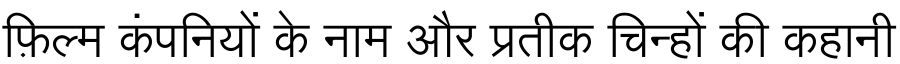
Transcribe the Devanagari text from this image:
फ़िल्म कंपनियों के नाम और प्रतीक चिन्हों की कहानी